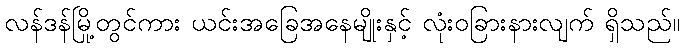
လန်ဒန်မြို့တွင်ကား ယင်းအခြေအနေမျိုးနှင့် လုံးဝခြားနားလျက် ရှိသည်။